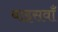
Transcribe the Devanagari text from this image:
बाइसवाँ